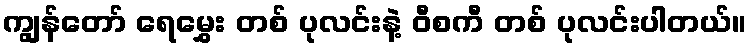
ကျွန်တော် ရေမွှေး တစ် ပုလင်းနဲ့ ဝီစကီ တစ် ပုလင်းပါတယ်။